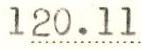
120.11